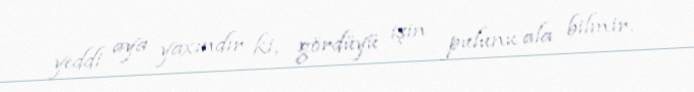
yeddi aya yaxındır ki, gördüyü işin pulunu ala bilmir.